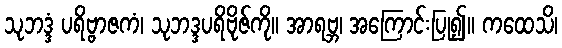
သုဘဒ္ဒံ ပရိဗ္ဗာဇကံ၊ သုဘဒ္ဒပရိဗိုဇ်ကို။ အာရဗ္ဘ၊ အကြောင်းပြု၍။ ကထေသိ၊